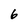
Character: 6